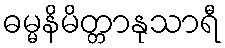
ဓမ္မနိမိတ္တာနုသာရီ